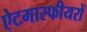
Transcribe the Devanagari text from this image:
ऐटमास्फीयरों